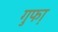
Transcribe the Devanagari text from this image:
गुफा़